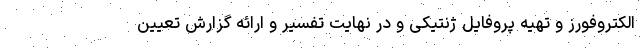
الکتروفورز و تهیه پروفایل ژنتیکی و در نهایت تفسیر و ارائه گزارش تعیین